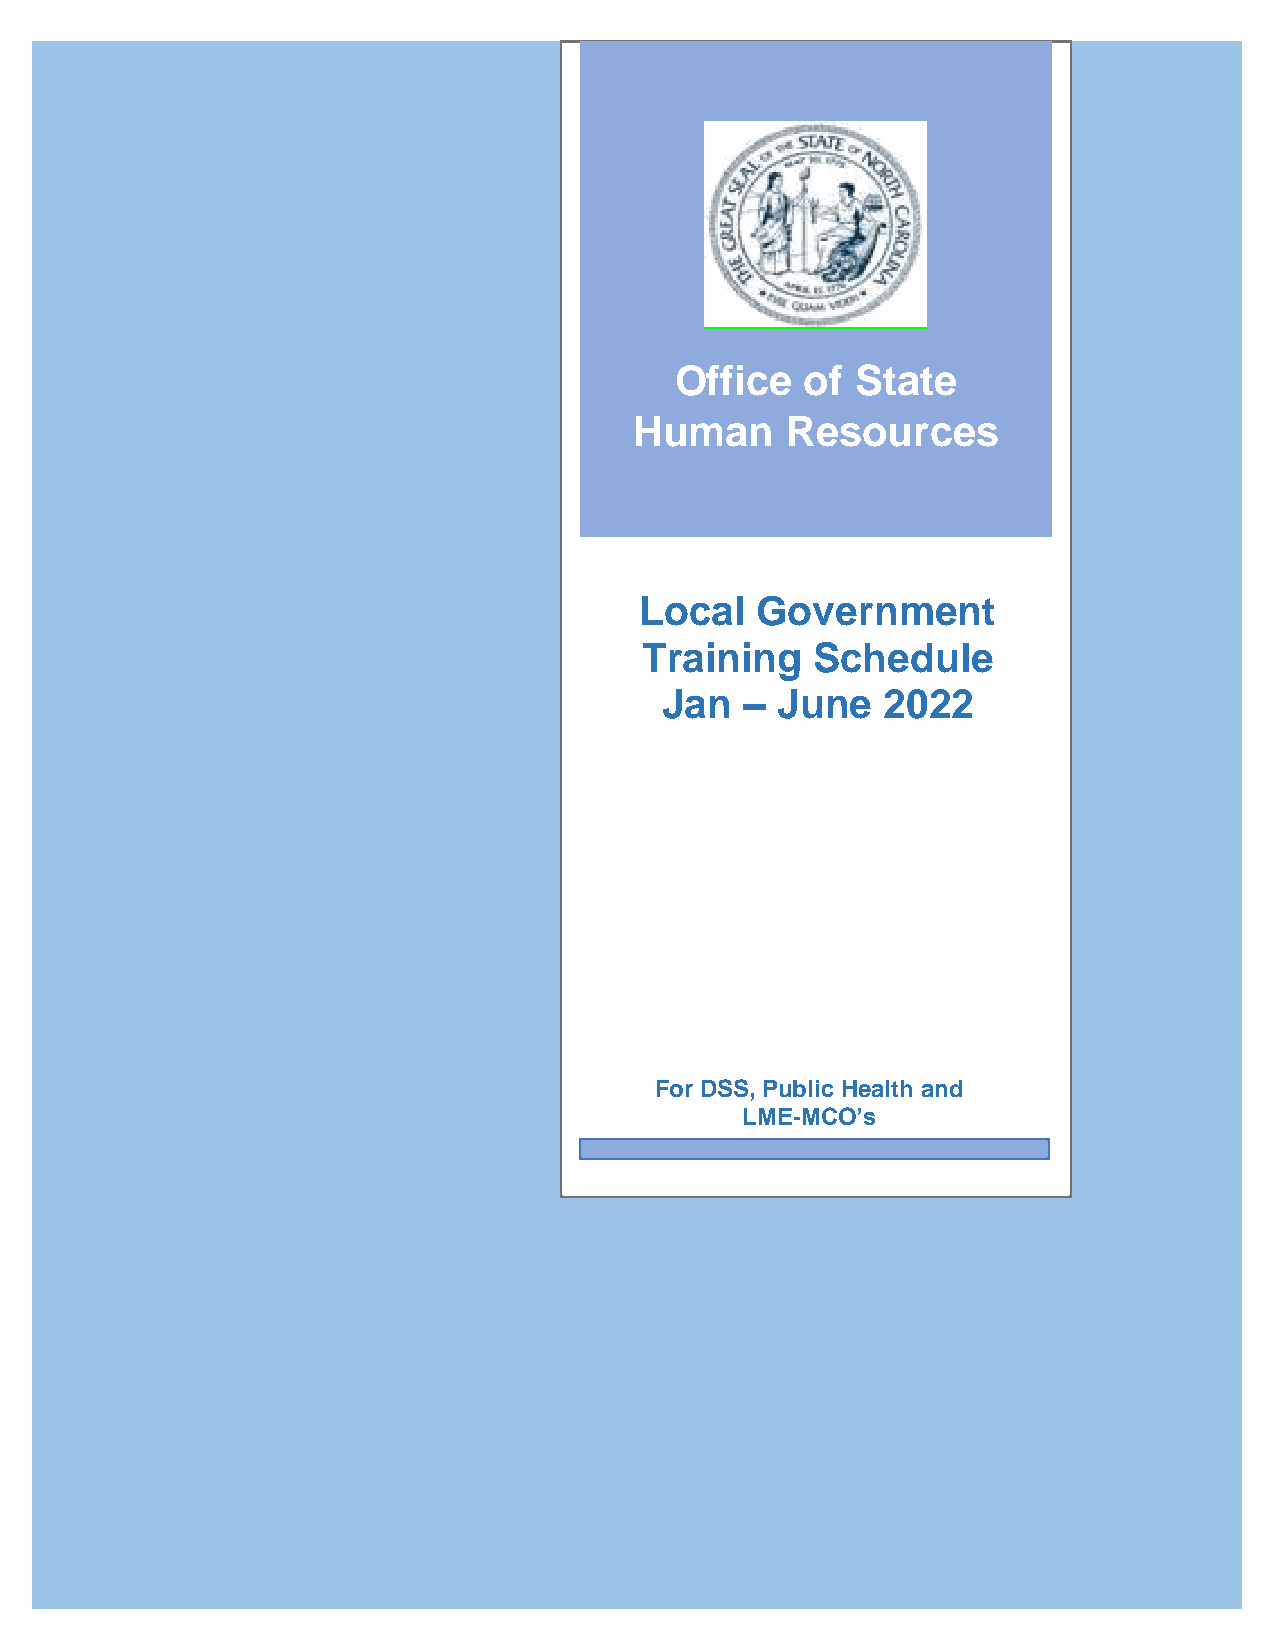
Office  of  State
 Human     Resources
 Local   Government
 Training    Schedule
 Jan  – June   2022
 For DSS, Public Health and
 LME-MCO’s